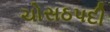
ચોસઠપદી